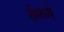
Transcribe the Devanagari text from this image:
रोमध्ये